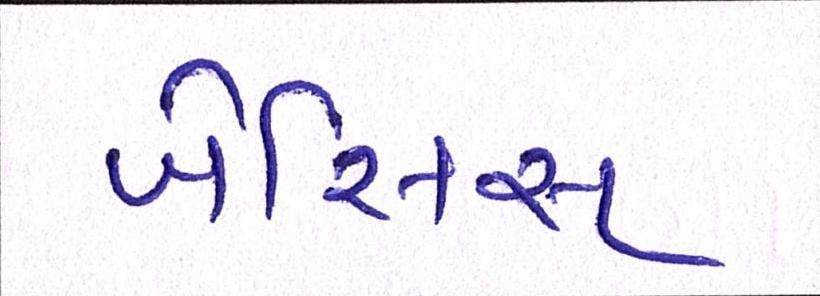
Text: બેસિસ